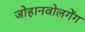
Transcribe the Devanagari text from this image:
जोहानवोलगेंग